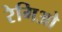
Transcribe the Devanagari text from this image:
रेगिओ